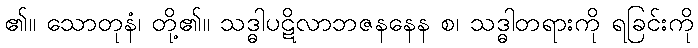
၏။ သောတုနံ၊ တို့၏။ သဒ္ဓါပဋိလာဘဇနနေန စ၊ သဒ္ဓါတရားကို ရခြင်းကို